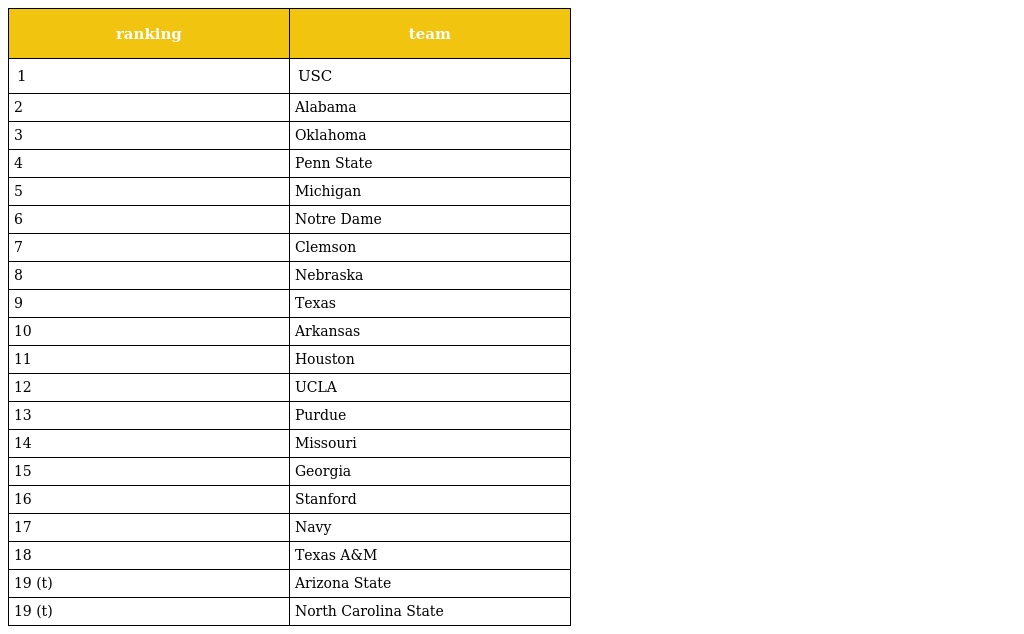
| ranking | team |
 | --- | --- |
 | 1 | USC |
 | 2 | Alabama |
 | 3 | Oklahoma |
 | 4 | Penn State |
 | 5 | Michigan |
 | 6 | Notre Dame |
 | 7 | Clemson |
 | 8 | Nebraska |
 | 9 | Texas |
 | 10 | Arkansas |
 | 11 | Houston |
 | 12 | UCLA |
 | 13 | Purdue |
 | 14 | Missouri |
 | 15 | Georgia |
 | 16 | Stanford |
 | 17 | Navy |
 | 18 | Texas A&M |
 | 19 (t) | Arizona State |
 | 19 (t) | North Carolina State |